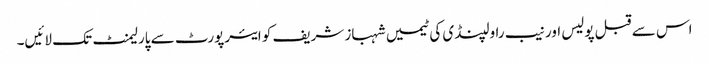
اس سے قبل پولیس اور نیب راولپنڈی کی ٹیمیں شہباز شریف کو ایئرپورٹ سے پارلیمنٹ تک لائیں۔